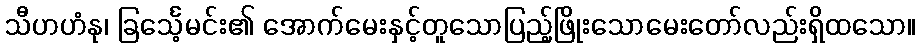
သီဟဟံနု၊ ခြင်္သေ့မင်း၏ အောက်မေးနှင့်တူသောပြည့်ဖြိုးသောမေးတော်လည်းရှိထသော။